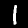
Digit: 1